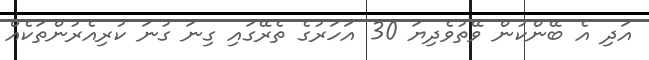
އަދި އެ ބޭންކުން ވޭތުވެދިޔަ 30 އަހަރުގެ ތެރޭގައި ގިނަ ގުނަ ކުރިއެރުންތަކެއް